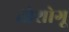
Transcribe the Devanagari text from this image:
तोशोगू